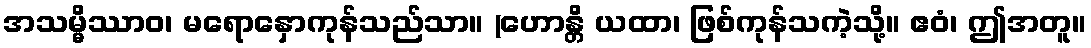
အသမ္မိဿာဝ၊ မရောနှောကုန်သည်သာ။ (ဟောန္တိ ယထာ၊ ဖြစ်ကုန်သကဲ့သို့။ ဧဝံ၊ ဤအတူ။